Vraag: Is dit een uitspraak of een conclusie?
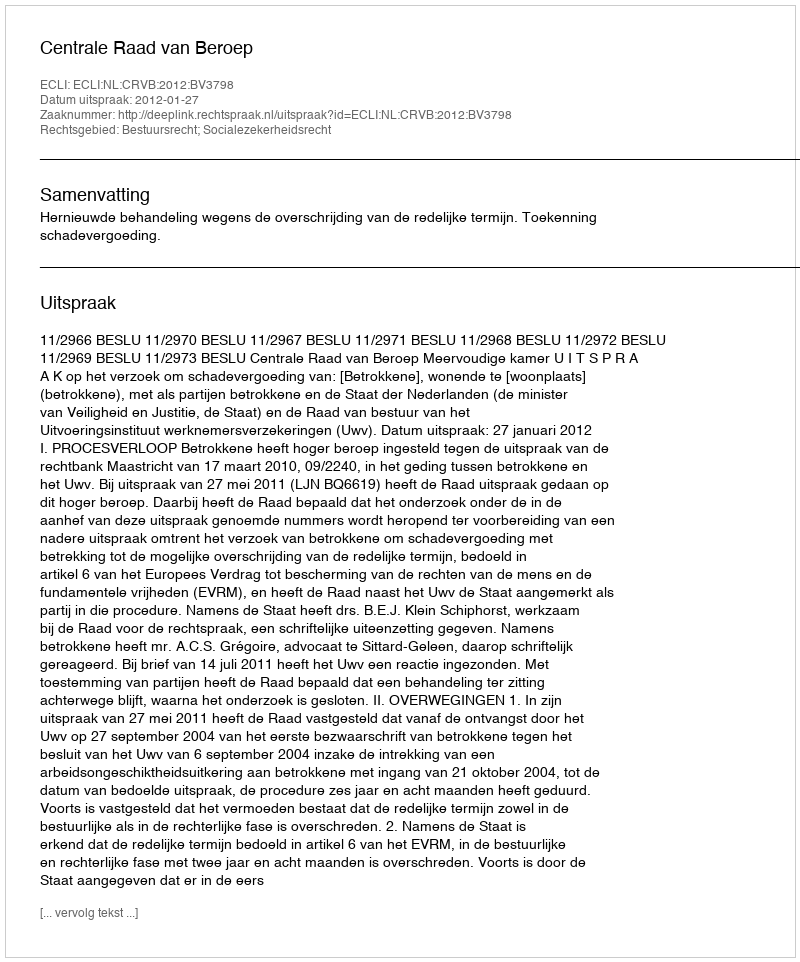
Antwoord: Uitspraak